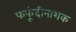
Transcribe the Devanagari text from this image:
फफूंदीनाशक